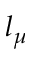
l _ { \mu }